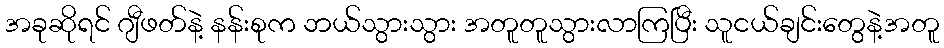
အခုဆိုရင် ဂျီဖတ်နဲ့ နန်းစုက ဘယ်သွားသွား အတူတူသွားလာကြပြီး သူငယ်ချင်းတွေနဲ့အတူ